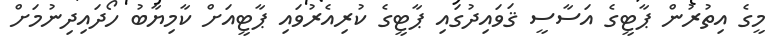
މީގެ އިތުރުން ޕާޓީގެ އަސާސީ ޤަވައިދުގައި ޕާޓީގެ ކުރިއެރުވައި ޕާޓީއަށް ކާމިޔާބު ހޯދައިދިނުމަށް